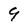
Character: 9